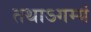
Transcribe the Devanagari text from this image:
तथाऽगम्यं